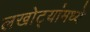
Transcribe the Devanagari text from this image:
लखोट्यांमध्ये